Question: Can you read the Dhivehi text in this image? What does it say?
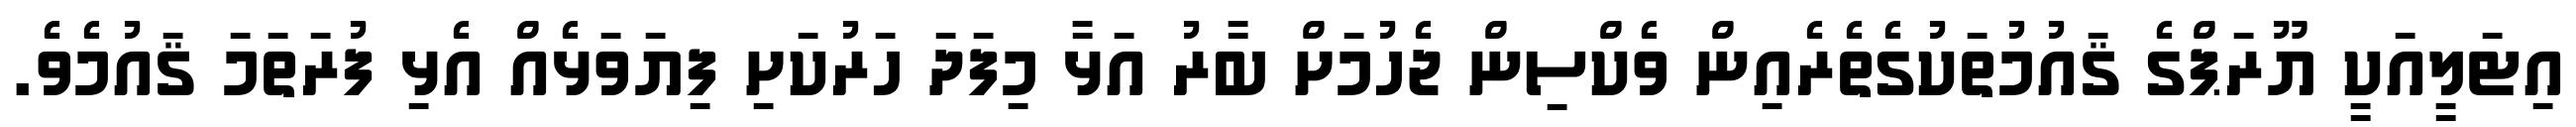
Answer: އިޓަލީއަކީ ޔޫރަޕްގެ ޤައުމުތަކުގެތެރެއިން ވެކްސިން ޖެހުމަށް ބާރު އަޅާ މިފަދަ ހަރުކަށި ފިޔަވަޅެއް އެޅި ފުރަތަމަ ޤައުމެވެ.